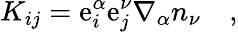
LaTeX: K_{ij}=\mathrm{e}_{i}^{\alpha}\mathrm{e}_{j}^{\nu}\nabla_{\alpha}n_{\nu}\quad,